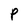
Character: P